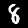
Digit: 8